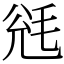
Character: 毤